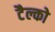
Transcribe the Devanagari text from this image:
टैल्को